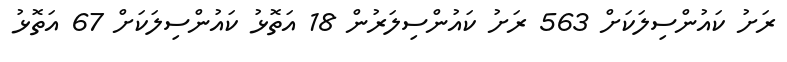
ރަށު ކައުންސިލަކަށް 563 ރަށު ކައުންސިލަރުން 18 އަތޮޅު ކައުންސިލަކަށް 67 އަތޮޅު